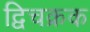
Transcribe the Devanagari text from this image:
द्विचक्रक